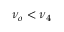
\nu _ { o } < \nu _ { 4 }